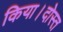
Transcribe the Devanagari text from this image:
किया।दोस्त